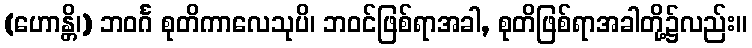
(ဟောန္တိ၊) ဘဝင်္ဂ စုတိကာလေသုပိ၊ ဘဝင်ဖြစ်ရာအခါ, စုတိဖြစ်ရာအခါတို့၌လည်း။